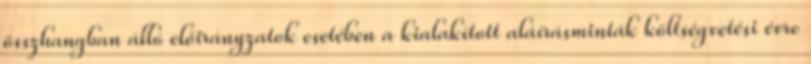
összhangban álló előirányzatok esetében a kialakított aláírásminták költségvetési évre